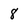
Character: 8